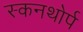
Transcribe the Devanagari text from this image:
स्कनथोर्प